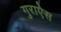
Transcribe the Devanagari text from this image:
गुराऐस